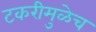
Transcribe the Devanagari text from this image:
टकरीमुळेच